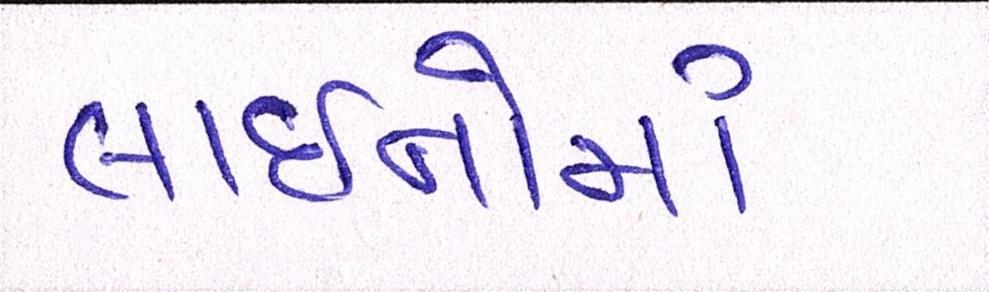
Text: લાઈનોમાં